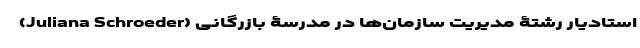
(Juliana Schroeder) استادیار رشتۀ مدیریت سازمان‌ها در مدرسۀ بازرگانی